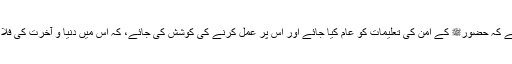
ضرورت اس بات کی ہے کہ حضورﷺ کے امن کی تعلیمات کو عام کیا جائے اور اس پر عمل کرنے کی کوشش کی جائے، کہ اس میں دنیا و آخرت کی فلاح و کامیابی مضمر ہے۔